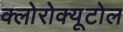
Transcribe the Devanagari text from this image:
क्लोरोक्यूटोल